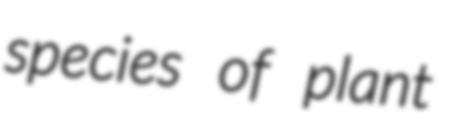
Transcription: species of plant